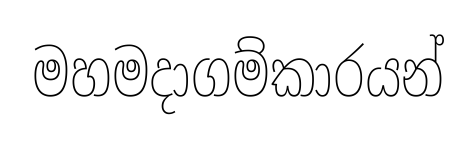
මහමදාගම්කාරයන්